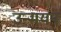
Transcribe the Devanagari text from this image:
उन्मयन